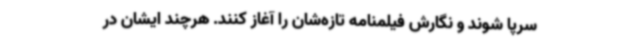
سرپا شوند و نگارش فیلمنامه‌ تازه‌شان را آغاز کنند. هرچند ایشان در